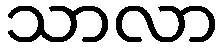
သာလာ